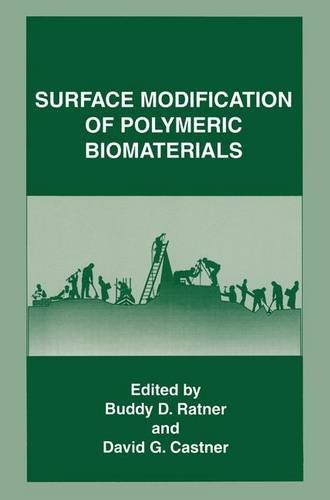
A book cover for Surface Modification of Polymeric Biomaterials (Aging); Engineering & Transportation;